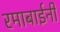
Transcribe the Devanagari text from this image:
रमाबाईनी